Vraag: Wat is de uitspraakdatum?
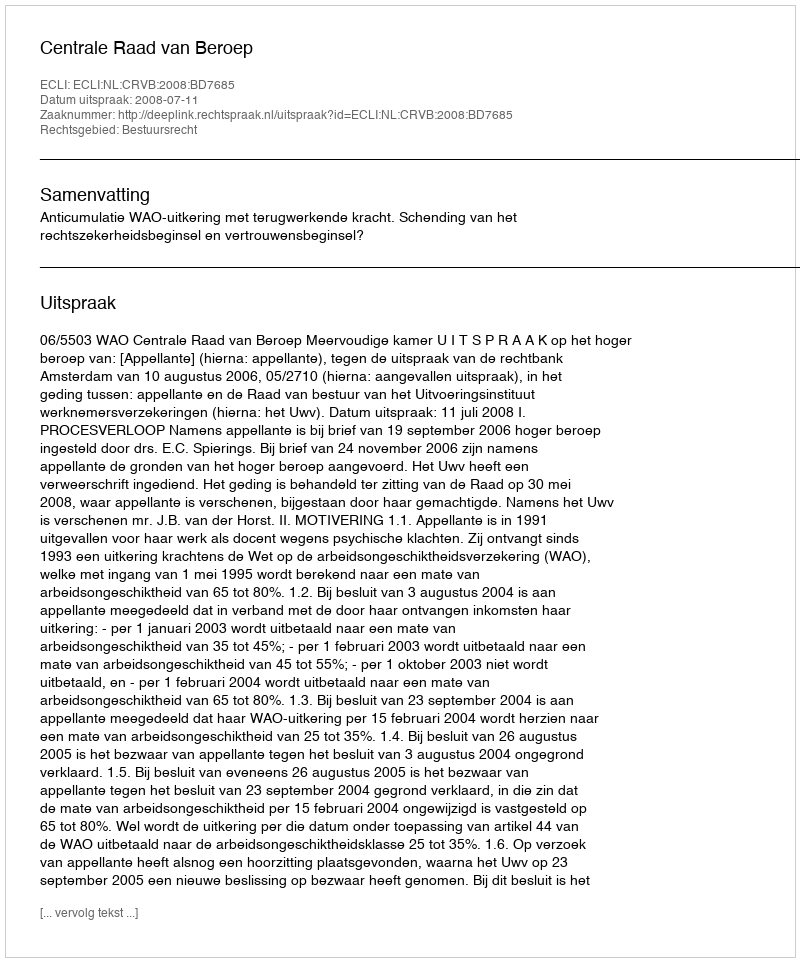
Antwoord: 2008-07-11